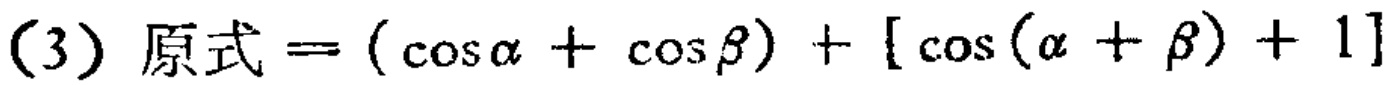
(3) 原式\(=(\cos\alpha + \cos\beta)+[\cos(\alpha + \beta)+1]\)